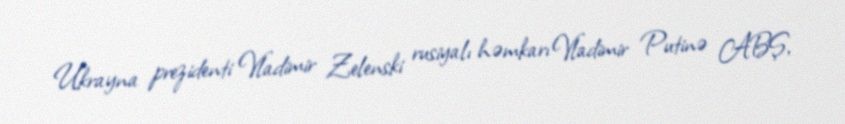
Ukrayna prezidenti Vladimir Zelenski rusiyalı həmkarı Vladimir Putinə ABŞ,